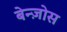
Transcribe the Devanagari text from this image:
बेन्ज़ोस